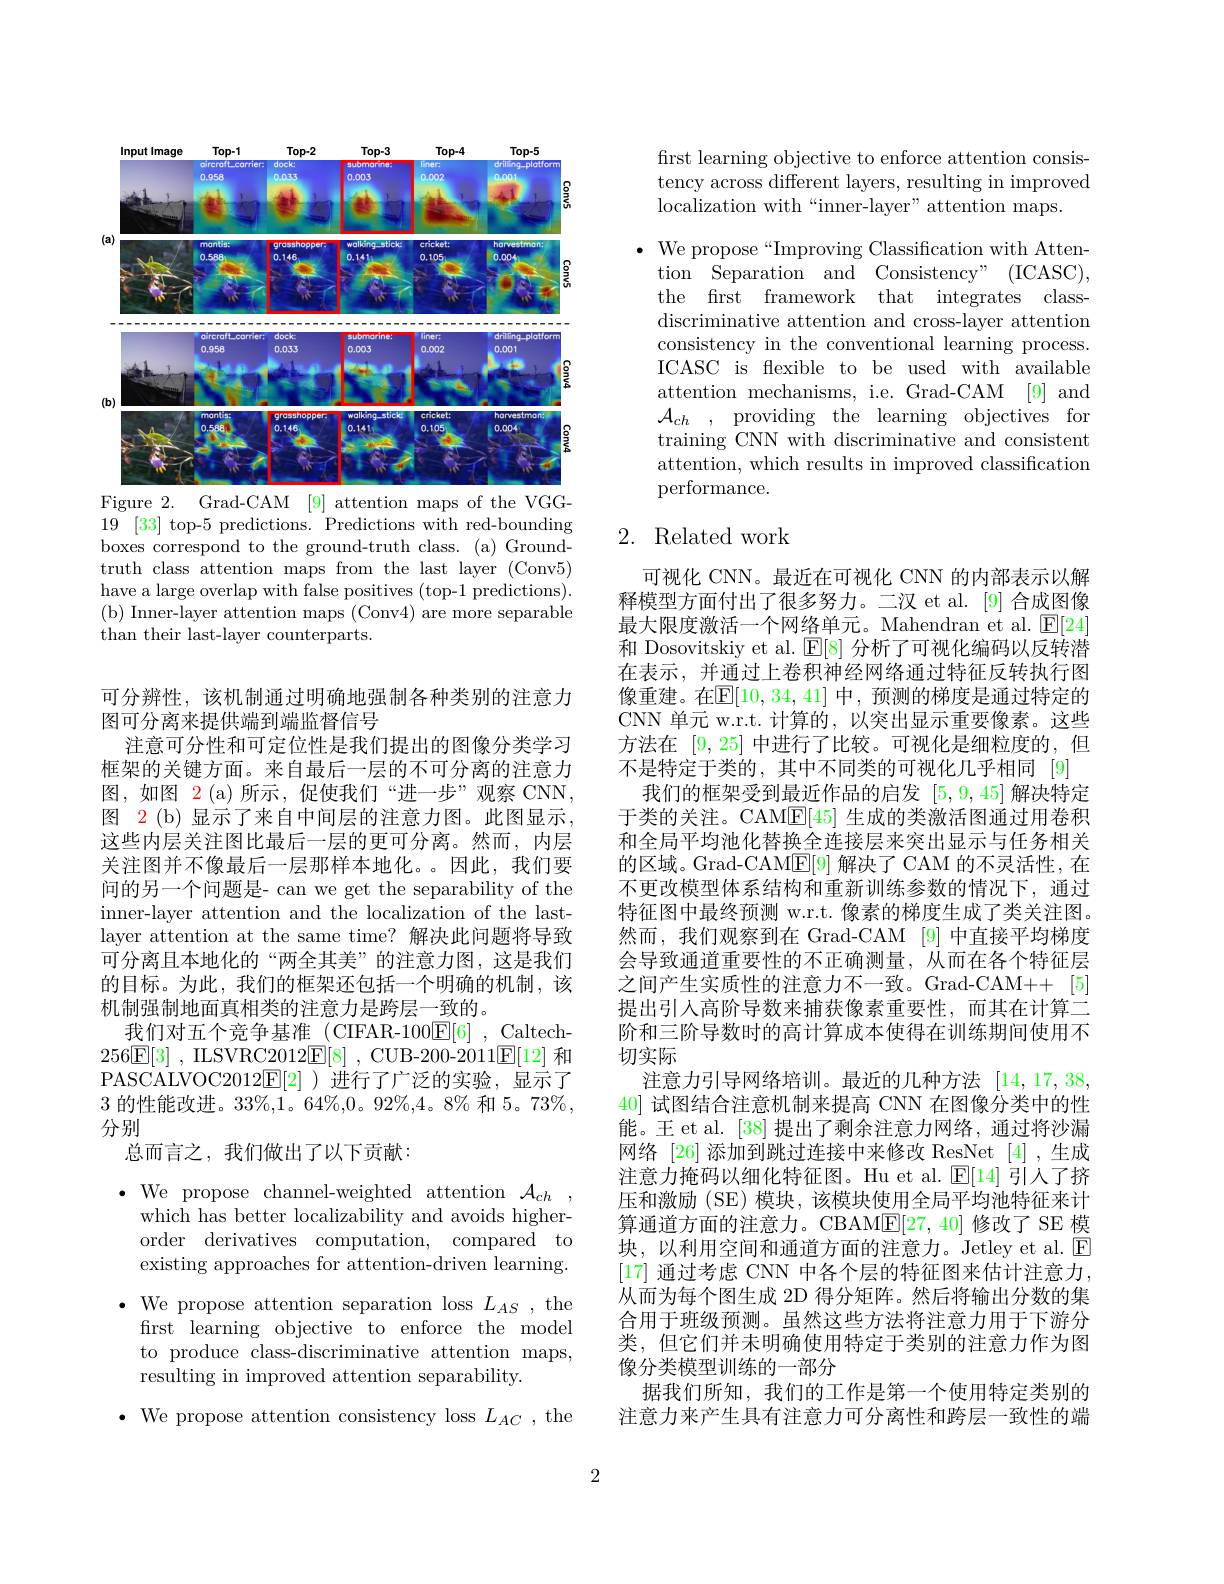
<FigureHere>
Figure 2. Grad-CAM [9] attention maps of the VGG-

19 [33] top-5 predictions. Predictions with red-bounding boxes correspond to the ground-truth class. (a) Groundtruth class attention maps from the last layer (Conv5) have a large overlap with false positives (top-1 predictions). (b) Inner-layer attention maps (Conv4) are more separable than their last-layer counterparts.

可分辨性，该机制通过明确地强制各种类别的注意力
图可分离来提供端到端监督信号
注意可分性和可定位性是我们提出的图像分类学习框架的关键方面。来自最后一层的不可分离的注意力图，如图$\color{red}2$ (a)所示，促使我们“进一步”观察 CNN, 图 2(b) 显示了来自中间层的注意力图。此图显示， 这些内层关注图比最后一层的更可分离。然而，内层关注图并不像最后一层那样本地化。。因此，我们要问的另一个问题是- can we get the separability of the inner-layer attention and the localization of the lastlayer attention at the same time? 解决此问题将导致可分离且本地化的“两全其美”的注意力图，这是我们的目标。为此，我们的框架还包括一个明确的机制，该机制强制地面真相类的注意力是跨层一致的。
我们对五个竞争基准(CIFAR-100$\boxed{\mathrm{E}}[6]$,Caltech- $256\boxed{\mathrm{E} }[ 3]$ , ILSVRC2012$\boxed{\mathrm{E} }[ 8]$ , CUB-200-2011$\boxed{\mathrm{E}}[12]$和PASCALVOC2012$\mathbb{E}[2]$)进行了广泛的实验，显示了3的性能改进。33%,1。64%,0。92%,4。8% 和 5。73%, 分别

总而言之，我们做出了以下贡献：

$\bullet$ We propose channel-weighted attention $\mathcal{A}_ch$
which has better localizability and avoids higherorder derivatives computation, compared to existing approaches for attention-driven learning.
$\bullet$ We propose attention separation loss $L_AS$, the
frst learning objective to enforce the model to produce class-discriminative attention maps, resulting in improved attention separability.
$\bullet$ We propose attention consistency loss $L_AC$, the

first learning objective to enforce attention consistency across different layers, resulting in improved localization with“inner-layer”attention maps.

$\bullet$ We propose“Improving Classification with Atten-
tion Separation and Consistency" (ICASC), the frst framework that integrates classdiscriminative attention and cross-layer attention consistency in the conventional learning process. ICASC is flexible to be used with available attention mechanisms, i.e. Grad-CAM [9] and $\mathcal{A} _{ch}$ , providing the learning objectives for training CNN with discriminative and consistent attention, which results in improved classification performance.

# 2. Related work

可视化 CNN。最近在可视化 CNN 的内部表示以解释模型方面付出了很多努力。二汉 et al.[9] 合成图像最大限度激活一个网络单元。Mahendran et al. $\boxed{\mathrm{E}}[24]$ 和 Dosovitskiy et al. $\mathbb{E}[8]$分析了可视化编码以反转潜在表示，并通过上卷积神经网络通过特征反转执行图像重建。在$\mathbb{E}[10,34,41]$ 中，预测的梯度是通过特定的CNN 单元 w.r.t. 计算的，以突出显示重要像素。这些方法在[9,25]中进行了比较。可视化是细粒度的，但不是特定于类的，其中不同类的可视化几乎相同[9]
我们的框架受到最近作品的启发[5,9,45]解决特定于类的关注。CAM$\overline{\mathbb{E}}[45]$生成的类激活图通过用卷积和全局平均池化替换全连接层来突出显示与任务相关的区域。Grad-CAM$\underline{\mathrm{E}}[9]$解决了 CAM 的不灵活性，在不更改模型体系结构和重新训练参数的情况下，通过特征图中最终预测 w.r.t. 像素的梯度生成了类关注图。然而，我们观察到在 Grad-CAM [9] 中直接平均梯度会导致通道重要性的不正确测量，从而在各个特征层之间产生实质性的注意力不一致。Grad-CAM++[5] 提出引入高阶导数来捕获像素重要性，而其在计算二阶和三阶导数时的高计算成本使得在训练期间使用不切实际
注意力引导网络培训。最近的几种方法[14,17,38, 40]试图结合注意机制来提高 CNN 在图像分类中的性能。王 et al. [38] 提出了剩余注意力网络，通过将沙漏网络 [26] 添加到跳过连接中来修改 ResNet [4],生成注意力掩码以细化特征图。Hu et al.$\operatorname{E}[14]$引人了挤压和激励(SE)模块，该模块使用全局平均池特征来计算通道方面的注意力。CBAM$\underline{\mathrm{E}}[27,40]$修改了 SE 模块，以利用空间和通道方面的注意力。Jetley et al.$\textcircled{\mathrm{E}}$ [17] 通过考虑 CNN 中各个层的特征图来估计注意力， 从而为每个图生成 2D 得分矩阵。然后将输出分数的集合用于班级预测。虽然这些方法将注意力用于下游分类，但它们并未明确使用特定于类别的注意力作为图像分类模型训练的一部分
据我们所知，我们的工作是第一个使用特定类别的注意力来产生具有注意力可分离性和跨层一致性的端

2